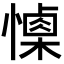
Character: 𢢙